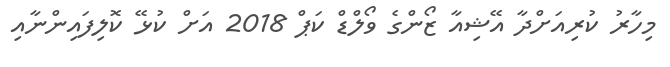
މިހާރު ކުރިއަށްދާ އޭޝިއާ ޒޯންގެ ވޯލްޑް ކަޕް 2018 އަށް ކުޅޭ ކޮލިފައިންނާއި